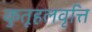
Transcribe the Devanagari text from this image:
कुतूहलवृत्ति